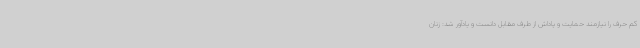
کم حرف را نیازمند حمایت و پاداش از طرف مقابل دانست و یادآور شد: زنان